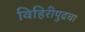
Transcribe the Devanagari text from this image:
विहिरीपुढचा